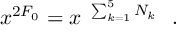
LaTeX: x ^ { 2 F _ { \mathrm { 0 } } } = x ^ { ~ \sum _ { k = 1 } ^ { 5 } N _ { k } } ~ ~ .